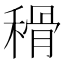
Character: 𥠳